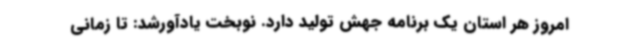
امروز هر استان یک برنامه جهش تولید دارد. نوبخت یادآورشد: تا زمانی